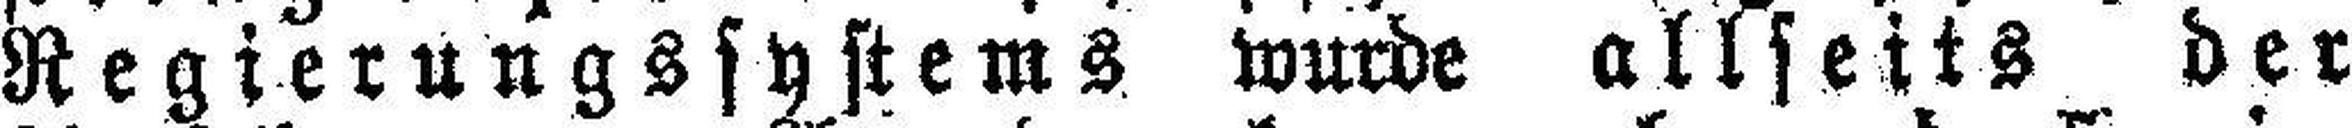
Regierungssystems wurde allseits der